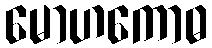
မောဟကောဓ